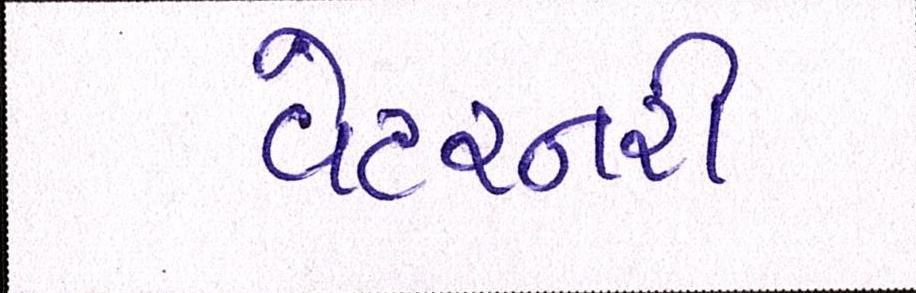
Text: વેટરનરી